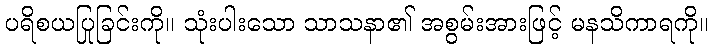
ပရိစယပြုခြင်းကို။ သုံးပါးသော သာသနာ၏ အစွမ်းအားဖြင့် မနသိကာရကို။